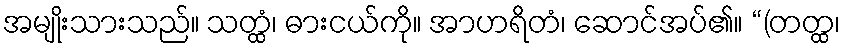
အမျိုးသားသည်။ သတ္ထံ၊ ဓားငယ်ကို။ အာဟရိတံ၊ ဆောင်အပ်၏။ “(တတ္ထ၊